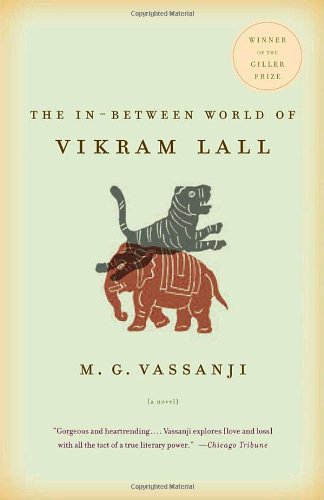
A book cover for The In-Between World of Vikram Lall; M.G. Vassanji; Literature & Fiction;